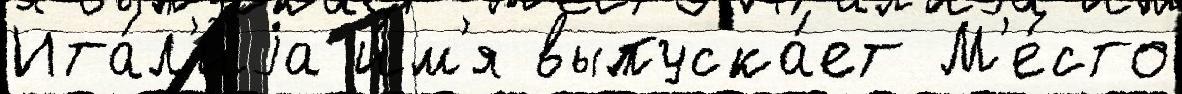
Ита́л'иjа и́м'я выпуска́ет М'е́сто